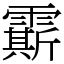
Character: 𩅰